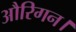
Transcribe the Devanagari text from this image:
औरिगन।